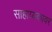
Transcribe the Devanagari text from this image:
साहाय्यकावर